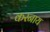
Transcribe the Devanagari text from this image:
करनाय